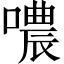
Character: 噥